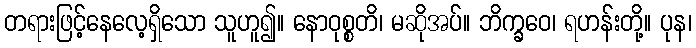
တရားဖြင့်နေလေ့ရှိသော သူဟူ၍။ နောဝုစ္စတိ၊ မဆိုအပ်။ ဘိက္ခဝေ၊ ရဟန်းတို့။ ပုန၊